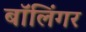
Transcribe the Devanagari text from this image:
बॉलिंगर